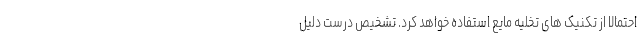
احتمالا از تکنیک های تخلیه مایع استفاده خواهد کرد. تشخیص درست دلیل